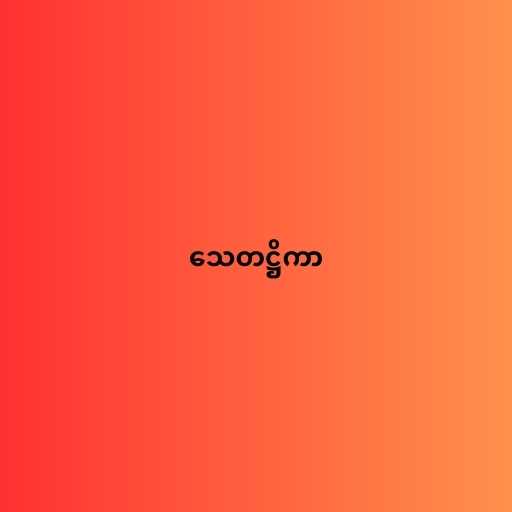
သေတဋ္ဌိကာ